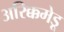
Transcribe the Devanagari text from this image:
अरिक्कमेडू